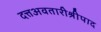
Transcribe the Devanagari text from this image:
दत्तअवतारीश्रीपाद